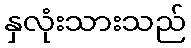
နှလုံးသားသည်